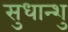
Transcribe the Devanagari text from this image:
सुधान्शु